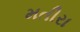
મતીરા